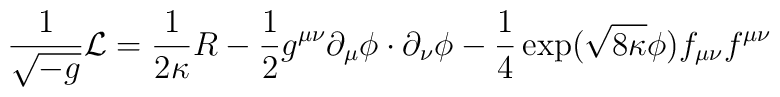
\frac{1}{\sqrt{-g}}{\cal L}=\frac{1}{2\kappa}R-\frac{1}{2}g^{\mu\nu}\partial_\mu\phi\cdot\partial_\nu\phi-\frac{1}{4}\exp(\sqrt{8\kappa}\phi)f_{\mu\nu}f^{\mu\nu}